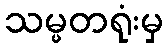
သမ္မတရုံးမှ